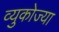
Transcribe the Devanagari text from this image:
व्युकोज्या